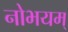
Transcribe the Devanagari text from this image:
नोभयम्